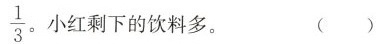
\frac{1}{3}。小红剩下的饮料多。 ( )